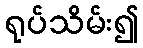
ရုပ်သိမ်း၍